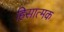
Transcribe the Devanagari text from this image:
हिसात्मक